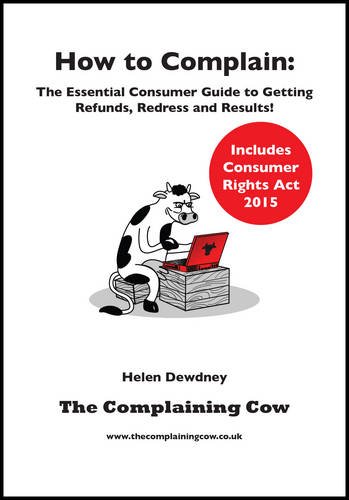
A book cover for How to Complain: The Essential Consumer Guide to Getting Refunds, Redress and Results!; Law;